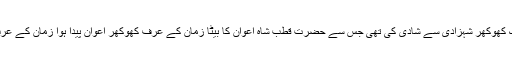
کہا جاتا ہے کہ قطب شاہ اعوان نے ایک کھوکھر شہزادی سے شادی کی تھی جس سے حضرت قطب شاہ اعوان کا بیٹا زمان کے عرف کھوکھر اعوان پیدا ہوا زمان کے عرف کھوکھر اعوان کا ایک بیٹا معظم تھا۔